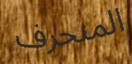
المنحرف